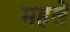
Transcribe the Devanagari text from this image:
महलें